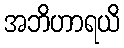
အဘိဟာရယိ